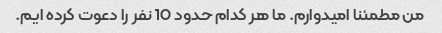
من مطمئنا امیدوارم. ما هر کدام حدود 10 نفر را دعوت کرده ایم.